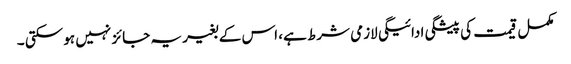
مکمل قیمت کی پیشگی ادائیگی لازمی شرط ہے، اس کے بغیر یہ جائز نہیں ہو سکتی ۔